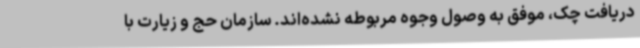
دریافت چک، موفق به وصول وجوه مربوطه نشده‌اند. سازمان حج و زیارت با